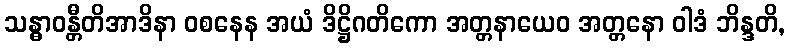
သန္ဓာဝန္တီတိအာဒိနာ ဝစနေန အယံ ဒိဋ္ဌိဂတိကော အတ္တနာယေဝ အတ္တနော ဝါဒံ ဘိန္ဒတိ,